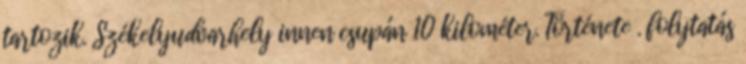
tartozik. Székelyudvarhely innen csupán 10 kilométer. Története . folytatás